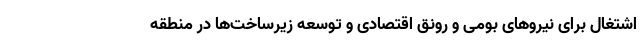
اشتغال برای نیروهای بومی و رونق اقتصادی و توسعه زیرساخت‌ها در منطقه